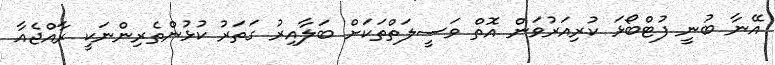
އޭނާ ބުނީ ފުޓްބޯޅަ ކުރިއަަރުވަން އޮތް ވަސީލަތްތަކަށް ބަލާއިރު ގަތަރު ކުޅުންތެރިންނަކީ ރާއްޖެއާ